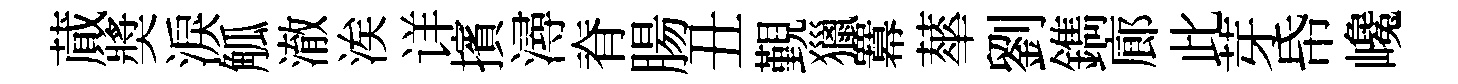
蕆奬淚觚澈涘详擯潯脊腸丑覲獵羃蕐劉鐫廊此芽帋巉